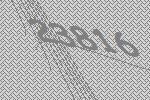
23816